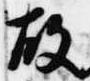
故